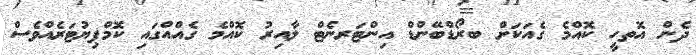
ދެން އޮތހީ ކޮއްމެ ގެއަކަށް ބރޯޑްބޭންޑް އިންޓަރނެޓް ލާއިރު ކޮއްމެ ގެއްއްގައި ކޮމްޕިޔުޓަރެއްވެސް